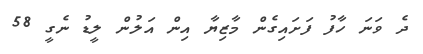
ދެ ވަނަ ހާފު ފަށައިގެން މާޒިޔާ އިން އަލުން ލީޑު ނެގީ 58